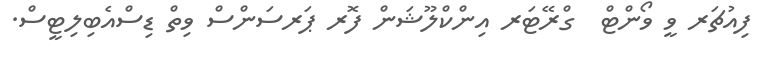
ފިއުޗަރ ވީ ވޯންޓް  ގްރޭޓަރ އިންކްލޫޝަން ފޮރ ޕަރސަންސް ވިތް ޑިސްއެބިލިޓީސް.